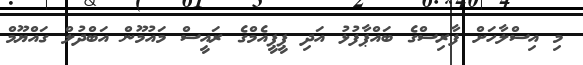
މި އިސްލާހަށް ފާރިސްގެ ބައްޕާފުޅު އަދި ޕީޕީއެމްގެ ރައީސް މައުމޫން އަބްދުލް ގައްޔޫމް